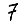
Digit: 7